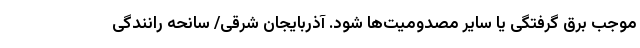
موجب برق گرفتگی یا سایر مصدومیت‌ها شود. آذربایجان شرقی/ سانحه رانندگی